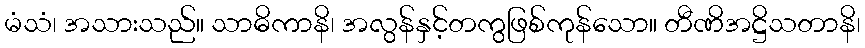
မံသံ၊ အသားသည်။ သာဓိကာနိ၊ အလွန်နှင့်တကွဖြစ်ကုန်သော။ တီဏိအဋ္ဌိသတာနိ၊